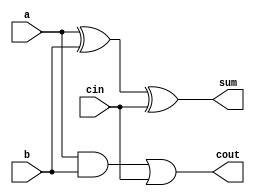
module full_adder1(a,b,cin,sum,cout);
input a,b,cin;
output sum,cout;
assign sum = a^b^cin;
assign cout = a&b|cin&(1'b1); 
// initial begin
//     $display("The incorrect adder with or0 and and1 having out/1 and in1/1");
// end   
endmodule